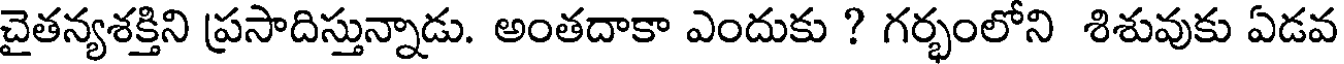
చైతన్యశక్తిని ప్రసాదిస్తున్నాడు. అంతదాకా ఎందుకు ? గర్భంలోని శిశువుకు ఏడవ